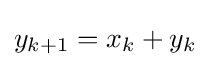
y_{k+1}=x_{k}+y_{k}